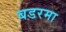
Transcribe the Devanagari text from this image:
बडरमा